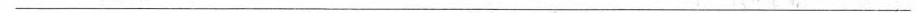
___